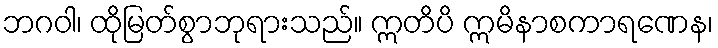
ဘဂဝါ၊ ထိုမြတ်စွာဘုရားသည်။ ဣတိပိ ဣမိနာစကာရဏေန၊